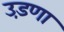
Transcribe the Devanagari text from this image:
उड़णा